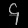
Digit: ၄